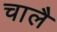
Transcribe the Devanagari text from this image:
चालै